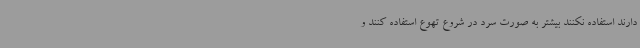
دارند استفاده نکنند بیشتر به صورت سرد در شروع تهوع استفاده کنند و